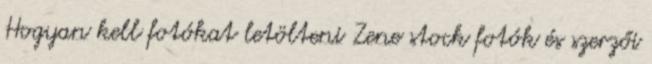
Hogyan kell fotókat letölteni Zene stock fotók és szerzői